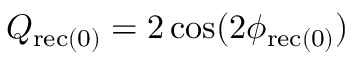
Q _ { \mathrm { { r e c ( 0 ) } } } = 2 \cos ( 2 \phi _ { \mathrm { { r e c ( 0 ) } } } )